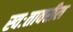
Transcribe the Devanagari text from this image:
स्वःतावरील